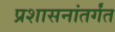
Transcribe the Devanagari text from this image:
प्रशासनांतर्गंत